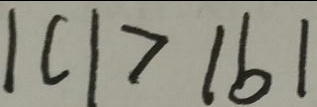
\vert c \vert > \vert b \vert